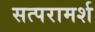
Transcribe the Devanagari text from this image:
सत्परामर्श